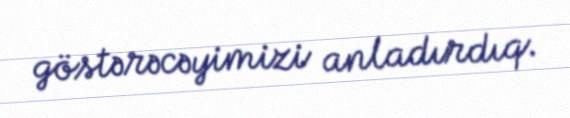
göstərəcəyimizi anladırdıq.